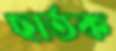
ছার্তক